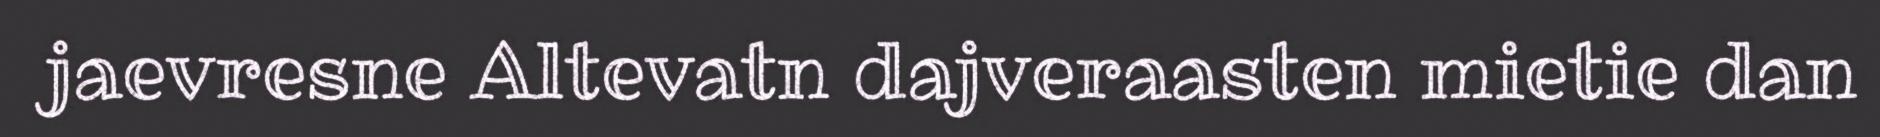
jaevresne Altevatn dajveraasten mietie dan